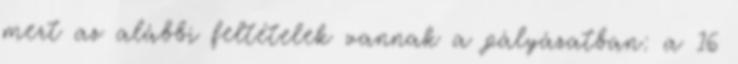
mert az alábbi feltételek vannak a pályázatban: a 16